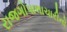
રાજગોપાલાચારીનો